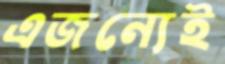
এজন্যেই